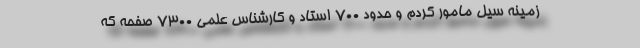
زمینه سیل مامور کردم و حدود ۷۰۰ استاد و کارشناس علمی ۷۳۰۰ صفحه که